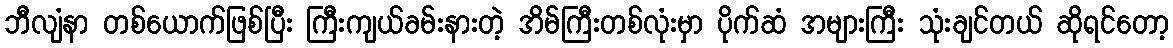
ဘီလျံနာ တစ်ယောက်ဖြစ်ပြီး ကြီးကျယ်ခမ်းနားတဲ့ အိမ်ကြီးတစ်လုံးမှာ ပိုက်ဆံ အများကြီး သုံးချင်တယ် ဆိုရင်တော့